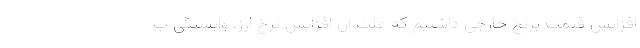
افزایش قیمت برنج خارجی داشتیم که علت آن افزایش نرخ ارز، وابستگی ب